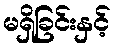
မရှိခြင်းနှင့်